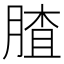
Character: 𱼍